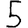
Digit: 5